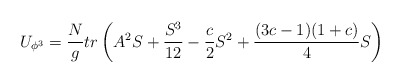
\begin{align*}U_{\phi^3} = { N \over g} tr \left( A^2 S + { S^3\over 12} - {c \over 2} S^2 + { (3 c - 1) (1 + c)\over 4} S \right)\end{align*}